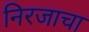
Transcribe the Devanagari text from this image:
निरजाचा